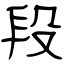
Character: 段